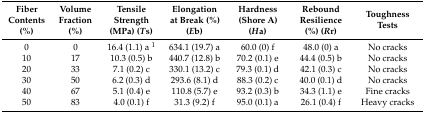
| Fiber Contents (%) | Volume Fraction (%) | Tensile Strength (MPa) (Ts) | Elongation at Break (%) (Eb) | Hardness (Shore A) (Ha) | Rebound Resilience (%) (Rr) | Toughness Tests |
 | --- | --- | --- | --- | --- | --- | --- |
 | 0 | 0 | 16.4 (1.1) a 1 | 634.1 (19.7) a | 60.0 (0) f | 48.0 (0) a | No cracks |
 | 10 | 17 | 10.3 (0.5) b | 440.7 (12.8) b | 70.2 (0.1) e | 44.4 (0.5) b | No cracks |
 | 20 | 33 | 7.1 (0.2) c | 330.1 (13.2) c | 79.3 (0.1) d | 42.1 (0.3) c | No cracks |
 | 30 | 50 | 6.2 (0.3) d | 293.6 (8.1) d | 88.3 (0.2) c | 40.0 (0.1) d | No cracks |
 | 40 | 67 | 5.1 (0.4) e | 110.8 (5.7) e | 93.2 (0.3) b | 34.3 (1.1) e | Fine cracks |
 | 50 | 83 | 4.0 (0.1) f | 31.3 (9.2) f | 95.0 (0.1) a | 26.1 (0.4) f | Heavy cracks |